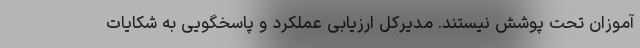
آموزان تحت پوشش نیستند. مدیرکل ارزیابی عملکرد و پاسخگویی به شکایات